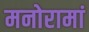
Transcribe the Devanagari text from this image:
मनोरामां